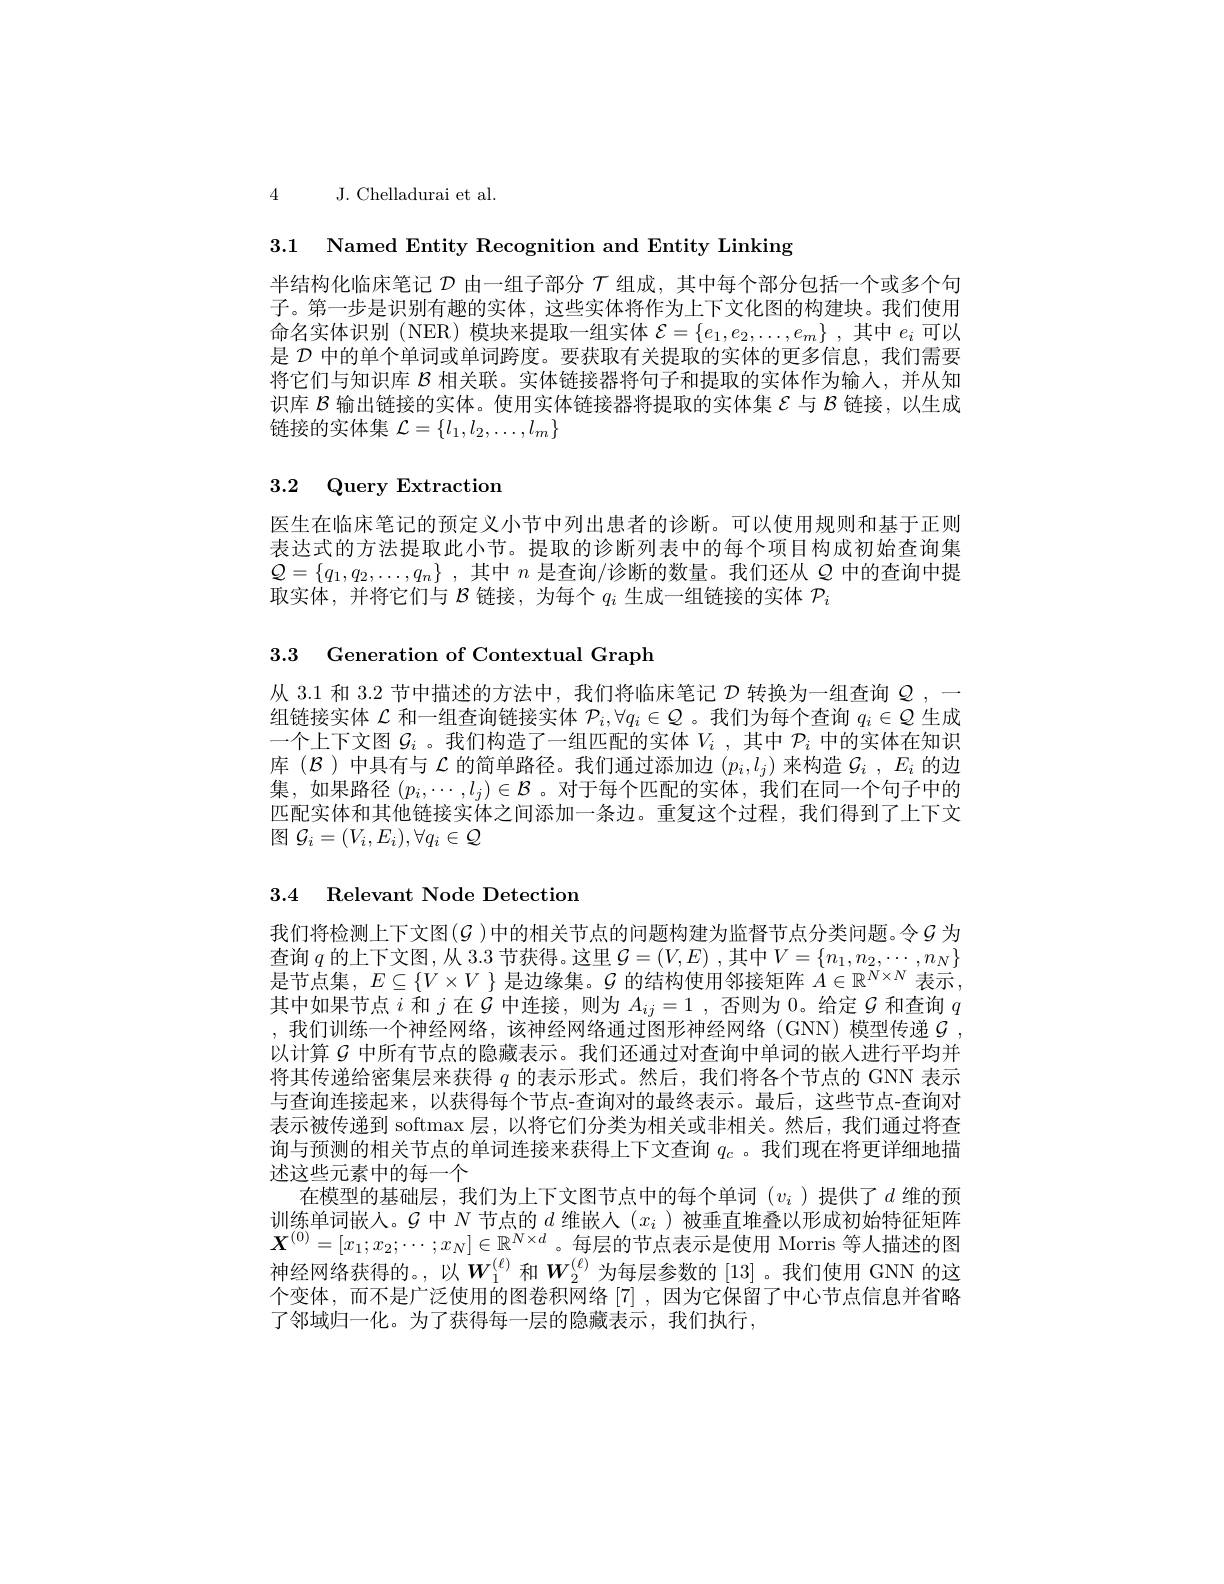
4

J. Chelladurai et al.

3.1 Named Entity Recognition and Entity Linking

半结构化临床笔记$\mathcal{D}$由一组子部分$\mathcal{T}$组成，其中每个部分包括一个或多个句子。第一步是识别有趣的实体，这些实体将作为上下文化图的构建块。我们使用命名实体识别 (NER) 模块来提取一组实体$\mathcal{E}=\{e_1,e_2,\ldots,e_m\}$ ,其中$e_i$可以是$\mathcal{D}$中的单个单词或单词跨度。要获取有关提取的实体的更多信息，我们需要将它们与知识库$\mathcal{B}$相关联。实体链接器将句子和提取的实体作为输人，并从知识库$\mathcal{B}$输出链接的实体。使用实体链接器将提取的实体集$\mathcal{E}$与$\mathcal{B}$链接，以生成链接的实体集$\mathcal{L}=\{l_1,l_2,\ldots,l_m\}$

# 3.2 Query Extraction

医生在临床笔记的预定义小节中列出患者的诊断。可以使用规则和基于正则表达式的方法提取此小节。提取的诊断列表中的每个项目构成初始查询集$\mathcal{Q} = \{ q_1, q_2, \ldots , q_n\}$ ,其中$n$是查询/诊断的数量。我们还从$\varrho$中的查询中提取实体，并将它们与$\mathcal{B}$链接，为每个$q_i$生成一组链接的实体$\mathcal{P}_i$

3.3 Generation of Contextual Graph

从 3.1 和 3.2 节中描述的方法中，我们将临床笔记$\mathcal{D}$转换为一组查询$\mathcal{Q}$,一组链接实体$\mathcal{L}$和一组查询链接实体$\mathcal{P}_i,\forall q_i\in\mathcal{Q}$ 。我们为每个查询$q_i\in\mathcal{Q}$生成一个上下文图$\mathcal{G}_i$ 。我们构造了一组匹配的实体$V_i$ ,其中$\mathcal{P}_i$中的实体在知识库$(\mathcal{B})$中具有与$\mathcal{L}$的简单路径。我们通过添加边$(p_i,l_j)$来构造$\mathcal{G}_i,E_i$的边集，如果路径$(p_i,\cdots,l_j)\in\mathcal{B}$ 。对于每个匹配的实体，我们在同一个句子中的匹配实体和其他链接实体之间添加一条边。重复这个过程，我们得到了上下文图$\mathcal{G}_i=(V_i,E_i),\forall q_i\in\mathcal{Q}$

### 3.4 Relevant Node Detection

我们将检测上下文图($\mathcal{G}$ )中的相关节点的问题构建为监督节点分类问题。令$\mathcal{G}$ 为查询$q$的上下文图 , 从 3.3 节获得。这里$\mathcal{G}=(V,E)$ ,其中$V=\{n_1,n_2,\cdots,n_N\}$ 是节点集，$E\subseteq\{V\times V\}$是边缘集。$\mathcal{G}$的结构使用邻接矩阵$A\in\mathbb{R}^N\times N$表示， 其中如果节点$i$和$j$在$\dot{\mathcal{G}}$中连接，则为$A_ij=1$ ,否则为0。给定$\mathcal{G}$和查询$q$ ,我们训练一个神经网络，该神经网络通过图形神经网络(GNN)模型传递$\mathcal{G}$, 以计算$G$中所有节点的隐藏表示。我们还通过对查询中单词的嵌人进行平均并将其传递给密集层来获得$q$的表示形式。然后，我们将各个节点的 GNN 表示与查询连接起来，以获得每个节点-查询对的最终表示。最后，这些节点-查询对表示被传递到 softmax 层，以将它们分类为相关或非相关。然后，我们通过将查询与预测的相关节点的单词连接来获得上下文查询$q_c$ 。我们现在将更详细地描述这些元素中的每一个
在模型的基础层，我们为上下文图节点中的每个单词 $(v_i$ )提供了$d$ 维的预训练单词嵌入。$\mathcal{G}$中$N$节点的$d$维嵌人$(x_i$ )被垂直堆叠以形成初始特征矩阵$\boldsymbol{X}^{(0)}=[x_1;x_2;\cdots;x_N]\in\mathbb{R}^{N\times d}$。每层的节点表示是使用 Morris 等人描述的图神经网络获得的。,以$W_1^{(\ell)}$和$W_2^{(\ell)}$为每层参数的 [13] 。我们使用 GNN 的这个变体，而不是广泛使用的图卷积网络[7] ,因为它保留了中心节点信息并省略了邻域归一化。为了获得每一层的隐藏表示，我们执行，